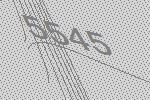
5545